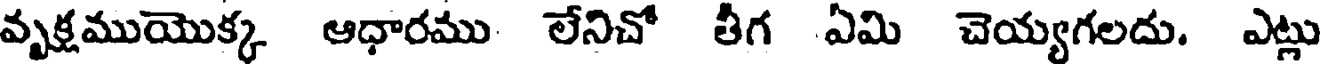
వృక్షముయొక్క ఆధారము లేనిచో తీగ ఏమి చెయ్యగలదు. ఎట్లు